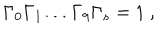
\Gamma _ { 0 } \Gamma _ { 1 } \dots \Gamma _ { 9 } \Gamma _ { s } = 1 \ ,